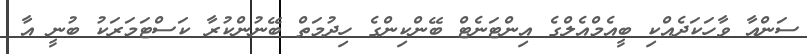
ސަންއާ ވާހަކަދެއްކި ބީއެމްއެލްގެ އިންޓަނެޓް ބޭންކިންގެ ހިދުމަތް ބޭނުންކުރާ ކަސްޓަމަރަކު ބުނީ އާ